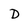
Character: D